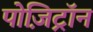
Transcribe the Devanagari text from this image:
पोज़िट्रॉन